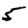
Digit: 5